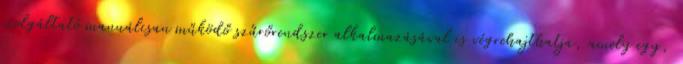
szolgáltató manuálisan működő szűrőrendszer alkalmazásával is végrehajthatja, amely egy,